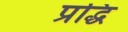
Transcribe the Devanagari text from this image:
प्रद्धि